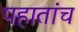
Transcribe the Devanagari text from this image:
पहातांच